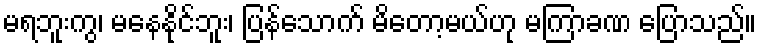
မရဘူးကွ၊ မနေနိုင်ဘူး၊ ပြန်သောက် မိတော့မယ်ဟု မကြာခဏ ပြောသည်။